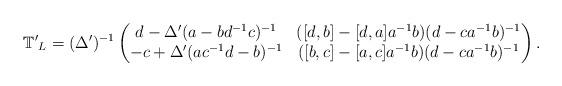
LaTeX: \begin{align*} \mathbb{T'}_L&=(\Delta')^{-1}\begin{pmatrix} d- \Delta' (a-bd^{-1}c)^{-1} &([d,b]-[d,a]a^{-1}b)(d-ca^{-1}b)^{-1} \\ -c+ \Delta' (ac^{-1}d-b)^{-1} &([b,c]-[a,c]a^{-1}b)(d-ca^{-1}b)^{-1} \end{pmatrix}. \end{align*}